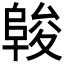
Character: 𱀖